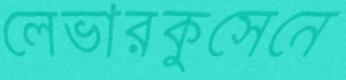
লেভারকুসেনে